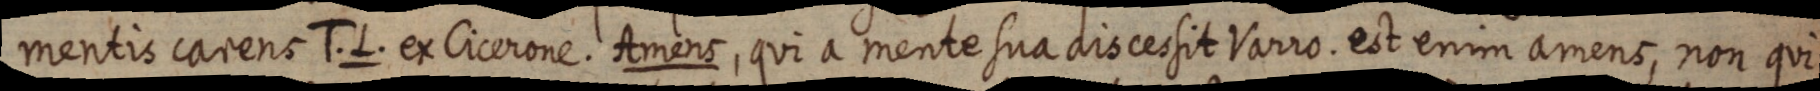
mentis carens T. L. ex Cicerone. Amens, qui a mente sua discessit Varro. est enim amens, non qui